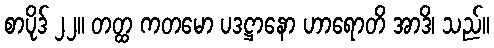
စာပိုဒ် ၂၂။ တတ္ထ ကတမော ပဒဋ္ဌာနော ဟာရောတိ အာဒိ၊ သည်။